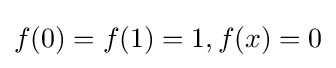
f(0)=f(1)=1,f(x)=0